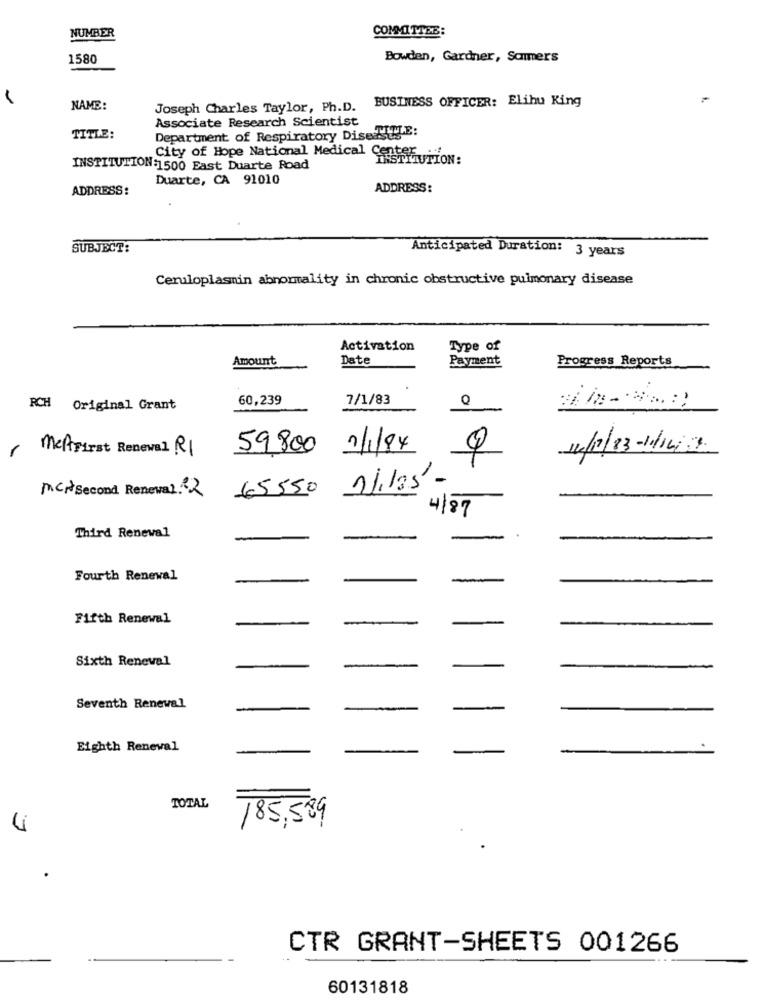
NUMBER
COMMITTEE:
1580
Bowden, Gardner, Sommers
BUSINESS OFFICER: Elihu King
NAME:
Joseph Charles Taylor, Ph.D.
Associate Research Scientist
TITLE:
TITLE:
Department of Respiratory Diseases"
City of Hope National Medical CareturIon:
INSTITUTION:1500 East Duarte Road
Duarte, CA 91010
ADDRESS:
ADDRESS:
SUBJECT:
Anticipated Duration: 3 years
Ceruloplasmin abnormality in chronic obstructive pulmonary disease
Activation
Type of
Amount
Date
Payment
Progress Reports
60,239
7/1/83
Q
RCH Original Grant
, MertFirst Renewal R1
59,800
1/1/94
Mcr Second Renewal. 2
65550
4/87
Third Renewal
Fourth Renewal
Fifth Renewal
Sixth Renewal
Seventh Renewal
Eighth Renewal
TOTAL
185,589
4
CTR GRANT-SHEETS 001266
60131818